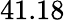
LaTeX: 41.18\